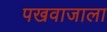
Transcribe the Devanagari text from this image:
पखवाजाला